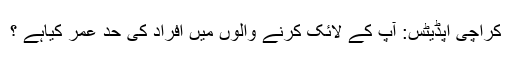
کراچی اپڈیٹس: آپ کے لائک کرنے والوں میں افراد کی حد عمر کیاہے ؟